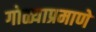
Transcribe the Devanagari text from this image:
गोळ्याप्रमाणे